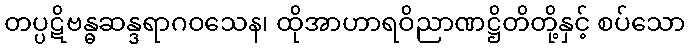
တပ္ပဋိဗန္ဓဆန္ဒရာဂဝသေန၊ ထိုအာဟာရဝိညာဏဋ္ဌိတိတို့နှင့် စပ်သော